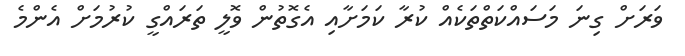
ވަރަށް ގިނަ މަސައްކަތްތަކެއް ކުރާ ކަމަށާއި އެގޮތުން ވޮލީ ތަރައްގީ ކުރުމަށް އެންމެ